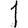
Digit: 1